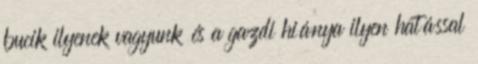
bucik ilyenek vagyunk és a gazdi hiánya ilyen hatással